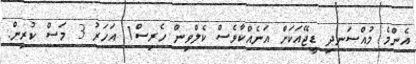
އެންމެ މުއްސަނދި ޑީޖޭއަކަށް އަނެއްކާވެސް ކެލްވިން ހެރިސް1 އަހަރު 3 މަސް ކުރިން.